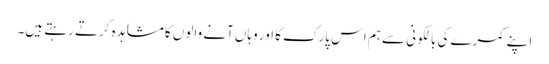
اپنے کمرے کی بالکونی سے ہم اس پارک کا اور وہاں آنے والوں کا مشاہدہ کرتے رہتے ہیں۔